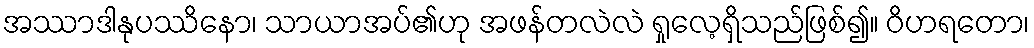
အဿာဒါနုပဿိနော၊ သာယာအပ်၏ဟု အဖန်တလဲလဲ ရှုလေ့ရှိသည်ဖြစ်၍။ ဝိဟရတော၊